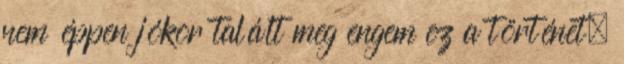
nem éppen jókor talált meg engem ez a történet,